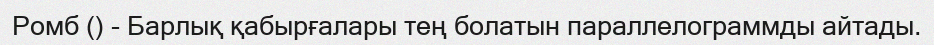
Ромб () - Барлық қабырғалары тең болатын параллелограммды айтады.